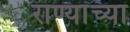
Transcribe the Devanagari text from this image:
राण्यांच्या